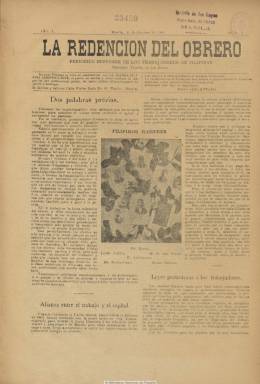
Título: La Redención del obrero
Colección: Revistas de información general
Ámbito geográfico: Filipinas
Lugar de publicación: Manila
Fechas: 08/10/1903-18/02/1904

Con el subtítulo “periódico defensor de los trabajadores de Filipinas”, está considerado como el primer periódico obrero de este país. Es fundado y dirigido por Isabelo de los Reyes y Florentino (1864-1938), que previamente había dirigido también el primer periódico filipino escrito en lengua tagalo: El ilocano (1889). Asimismo, durante su periplo por España había asimismo editado Filipinas en Europa (Madrid: 1899-1901), de carácter independentista (véase este título en esta hemeroteca digital)

Isabelo de los Reyes, que había regresado desde España a Manila armado con una biblioteca de libros de Carlos Marx, Federico Engels, Víctor Hugo, Proudhon o Bakunin, fundará en enero de 1902 la Unión de Impresores y Litógrafos de Filipinas, y el dos de febrero, la Unión Obrera Democrática Filipina, considerada como el primer sindicato de trabajadores de este país, que dará lugar al Primer Congreso Obrero de Filipinas, el tres de agosto, en cuyas conclusiones se reivindicará la jornada de ocho horas, una legislación para regular el trabajo infantil y femenino y otra de responsabilidad social del empleador, y que el uno de mayo de 1903 celebrará oficialmente el primer Día del Trabajo en este país.

Como portavoz de la Unión Obrera Democrática, La redención del obrero aparece el ocho de octubre de 1903 de la imprenta propiedad del mismo Isabelo de los Reyes. Lo hace semanalmente en entregas de cuatro páginas, compuestas a dos columnas, que se servirá conjuntamente con el también semanario La iglesia filipina independiente, que igualmente edita y dirige De los Reyes -también conocido como Don Belong-, asimismo cofundador de esta iglesia católica en 1902, conocida como Aglipayan. Mientras uno salía los jueves, el otro periódico aparecía los domingos.

Este primer periódico obrero filipino insertó en la primera página de cada entrega un retrato, acompañado de una semblanza biográfica, de filipinos ilustres y prohombres del independentismo, como José Rizal (1861-1896), Graciano López Jaena (1856-1896), Marcelo H. de Pilar (1850-1896) o Emilio Aguinaldo (1869-1964), pero también de un ilustre como el norteamericano George Washington. Asimismo inserta una fotografía de los miembros del Comité Republicano Filipino de Madrid, de 1899, en la que aparece el mismo Isabelo de los Reyes.

El primer objetivo –truncado- del sindicato -y así se expresa en el primer artículo del semanario- había sido intentar lograr una alianza entre el capital y el trabajo teniendo como ejemplo a Fomento del Trabajo Nacional de Barcelona, del que había tenido conocimiento Isabelo de los Reyes durante su estancia en España. Las páginas del periódico servirán para “educar” a los obreros filipinos y defender la negociación colectiva, y en ellas se incluirán breves artículos sobre el obrerismo, los derechos de los trabajadores, la salud e higiene laboral y el movimiento obrero en otros países europeos, en América, Japón o China. Dará cuenta del manifiesto, constitución, documentos y desarrollo tanto de la Unión Obrera Democrática como de la Unión del Trabajo de Filipinas e, incluso, publicará, a modo de folletín, la obra “Pobres y ricos”, del que es autor el propio De los Reyes y a la que denomina zarzuela filipina socialista. Al final, insertará algunos anuncios comerciales.

Junto a su carácter obrerista y declaradamente socialista y sus elegías al independentismo filipino, La redención del obrero se caracteriza por publicar sus textos, además de en español, en tagalo, la lengua vernácula oficial filipina.

El semanario edita su número 20 y último, el 18 de febrero de 1904, y se despide señalando que la Unión del Trabajo de Filipinas había decidido publicar su propio órgano de prensa: El trabajo. También que Isabelo de los Reyes seguirá publicando su semanario La iglesia filipina independiente.